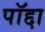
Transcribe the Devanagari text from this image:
पॉद्दा